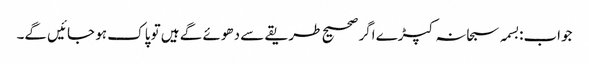
جواب:بسمہ سبحانہ کپڑے اگر صحیح طریقے سے دھوئے گے ہیں تو پاک ہو جائیں گے۔